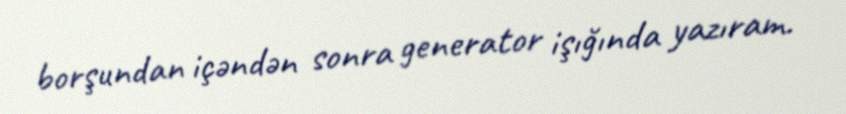
borşundan içəndən sonra generator işığında yazıram.